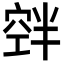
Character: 𮄃